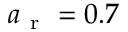
a _ { \mathrm { ~ r ~ } } = 0 . 7